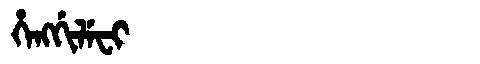
Manchu: ᡥᡝᠩᡤᡳᠯᡝᠸᡳ
Romanization: HENGGILEFI